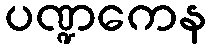
ပဏ္ဍကေန